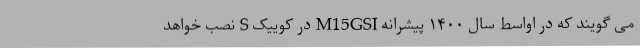
می گویند که در اواسط سال ۱۴۰۰ پیشرانه M15GSI در کوییک S نصب خواهد